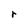
Character: r